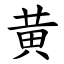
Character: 黄